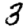
Digit: 3